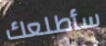
سأطلعك